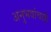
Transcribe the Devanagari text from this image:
अनुभवांचाही